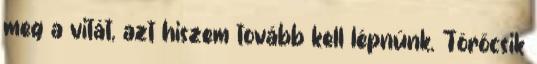
meg a vitát, azt hiszem tovább kell lépnünk. Törőcsik